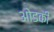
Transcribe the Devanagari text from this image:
ओडकी